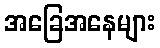
အခြေအနေများ